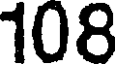
108